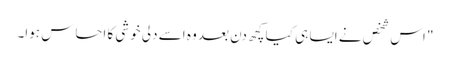
" اس شخص نے ایسا ہی کیا کچھ دن بعد وہ اسے دلی خوشی کا احساس ہوا۔